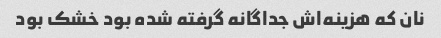
نان که هزینه‌اش جداگانه گرفته شده بود خشک بود